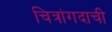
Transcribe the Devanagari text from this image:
चित्रांगदाची